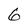
Character: 6